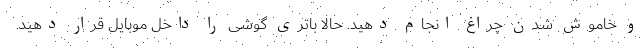
و خاموش شدن چراغ انجام دهید. حالا باتری گوشی را داخل موبایل قرار دهید.